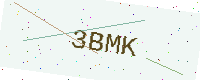
Text: 3BMK